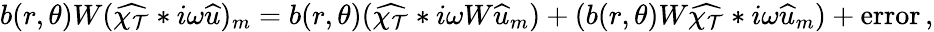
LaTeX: \begin{array}{r}{b(r,\theta)W(\widehat{\chi_{\mathcal{T}}}*i\omega\widehat{u})_{m}=b(r,\theta)(\widehat{\chi_{\mathcal{T}}}*i\omega W\widehat{u}_{m})+(b(r,\theta)W\widehat{\chi_{\mathcal{T}}}*i\omega\widehat{u}_{m})+\textrm{error}\, ,}\end{array}